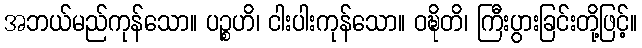
အဘယ်မည်ကုန်သော။ ပဉ္စဟိ၊ ငါးပါးကုန်သော။ ဝဍ္ဎိတိ၊ ကြီးပွားခြင်းတို့ဖြင့်။